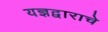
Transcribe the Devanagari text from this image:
यज्ञद्वाराचे